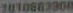
1010662300